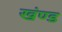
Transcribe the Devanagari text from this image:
खंण्ड